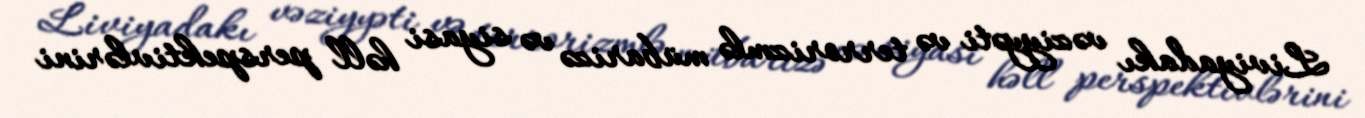
Liviyadakı vəziyyəti və terrorizmlə mübarizə və siyasi həll perspektivlərini